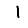
Digit: 1